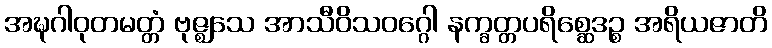
အဍ္ဎဂါဝုတမတ္တံ ဗုဇ္ဈသေ အာသီဝိသဝဂ္ဂေါ နက္ခတ္တပရိစ္ဆေဒဉ္စ အရိယဇာတိ